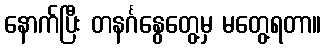
နောက်ပြီး တနင်္ဂနွေတွေ့မှ မတွေ့ရတာ။